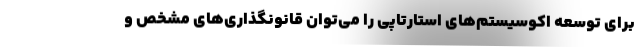
برای توسعه اکوسیستم‌های استارتاپی را می‌توان قانونگذاری‌های مشخص و